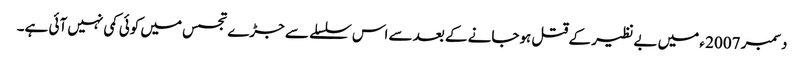
دسمبر 2007 ء میں بے نظیر کے قتل ہوجانے کے بعد سے اس سلسلے سے جڑے تجسس میں کوئی کمی نہیں آئی ہے۔